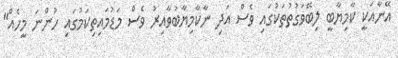
އޭނާއަކީ ކާމިޔާބީ ލިބޭވަގުތުތަކުގައި ވެސް އަދި ނާކާމިޔާބުވާއިރު ވެސް މަޑުމައިތިކަމުގައި ހުންނަ މީހެއް"